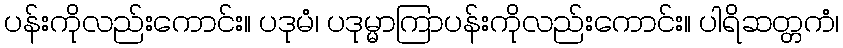
ပန်းကိုလည်းကောင်း။ ပဒုမံ၊ ပဒုမ္မာကြာပန်းကိုလည်းကောင်း။ ပါရိဆတ္တကံ၊